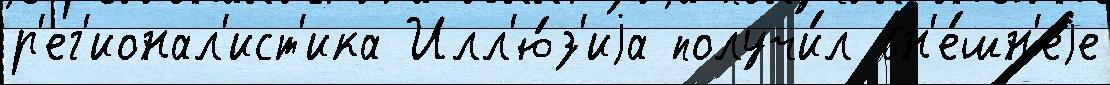
р'ег'ионал'ист'ика Илл'ю́з'иjа получи́л вн'е́шн'еjе